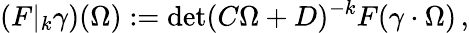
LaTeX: \left(F\vert_{k}\gamma\right)(\Omega):=\operatorname*{det}(C\Omega+D)^{-k}F(\gamma\cdot\Omega)\, ,